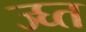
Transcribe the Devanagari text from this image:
ज्घ्त